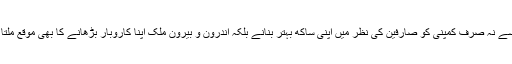
اس سے نہ صرف کمپنی کو صارفین کی نظر میں اپنی ساکھ بہتر بنانے بلکہ اندرون و بیرون ملک اپنا کاروبار بڑھانے کا بھی موقع ملتا ہے۔